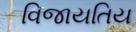
વિજાયતિય